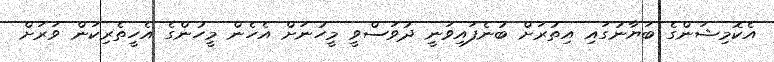
އެކޮމިޝަންގެ ބަޔާނުގައި އިތުރަށް ބުނެފައިވަނީ ދުވަސްވީ މީހުނަށް އެހެން މީހުންގެ އެހީތެރިކަން ވަރަށް